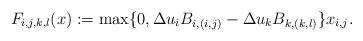
LaTeX: \begin{gather*}F_{i,j,k,l}(x):=\max\{0, \Delta u_i B_{i,(i,j)} - \Delta u_k B_{k,(k,l)}\}x_{i,j}.\end{gather*}